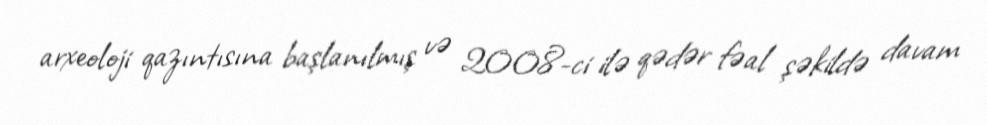
arxeoloji qazıntısına başlanılmış və 2008-ci ilə qədər fəal şəkildə davam